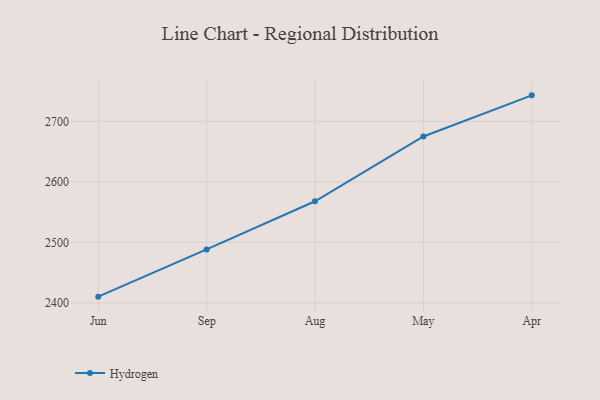
{"axis": {"x": "Month", "y": "Waste Production (Tons)"}, "legend": ["Hydrogen"], "data": [{"x": "Jun", "y": 2410.3, "type": "Hydrogen"}, {"x": "Sep", "y": 2488.4, "type": "Hydrogen"}, {"x": "Aug", "y": 2568.0, "type": "Hydrogen"}, {"x": "May", "y": 2675.1, "type": "Hydrogen"}, {"x": "Apr", "y": 2743.1, "type": "Hydrogen"}]}